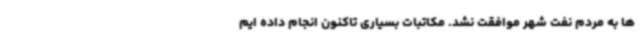
ها به مردم نفت شهر موافقت نشد. مکاتبات بسیاری تاکنون انجام داده ایم